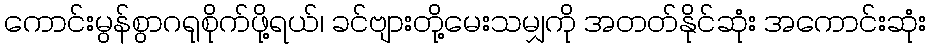
ကောင်းမွန်စွာဂရုစိုက်ဖို့ရယ်၊ ခင်ဗျားတို့မေးသမျှကို အတတ်နိုင်ဆုံး အကောင်းဆုံး